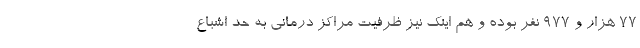
۷۷ هزار و ۹۷۷ نفر بوده و هم اینک نیز ظرفیت مراکز درمانی به حد اشباع